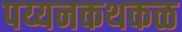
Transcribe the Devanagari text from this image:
पय्यनकथकळ